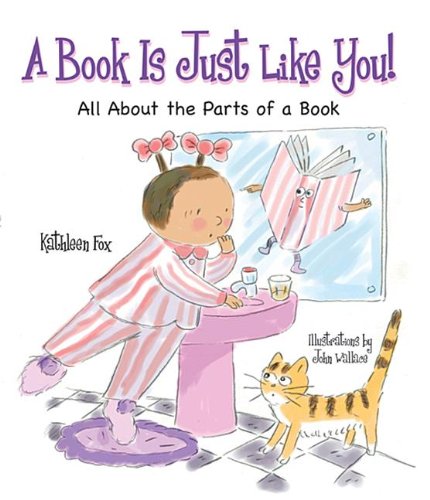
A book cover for A Book Is Just Like You!: All About the Parts of a Book; Kathleen Fox; Children's Books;